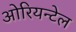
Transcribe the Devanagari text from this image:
ओरियन्टेल